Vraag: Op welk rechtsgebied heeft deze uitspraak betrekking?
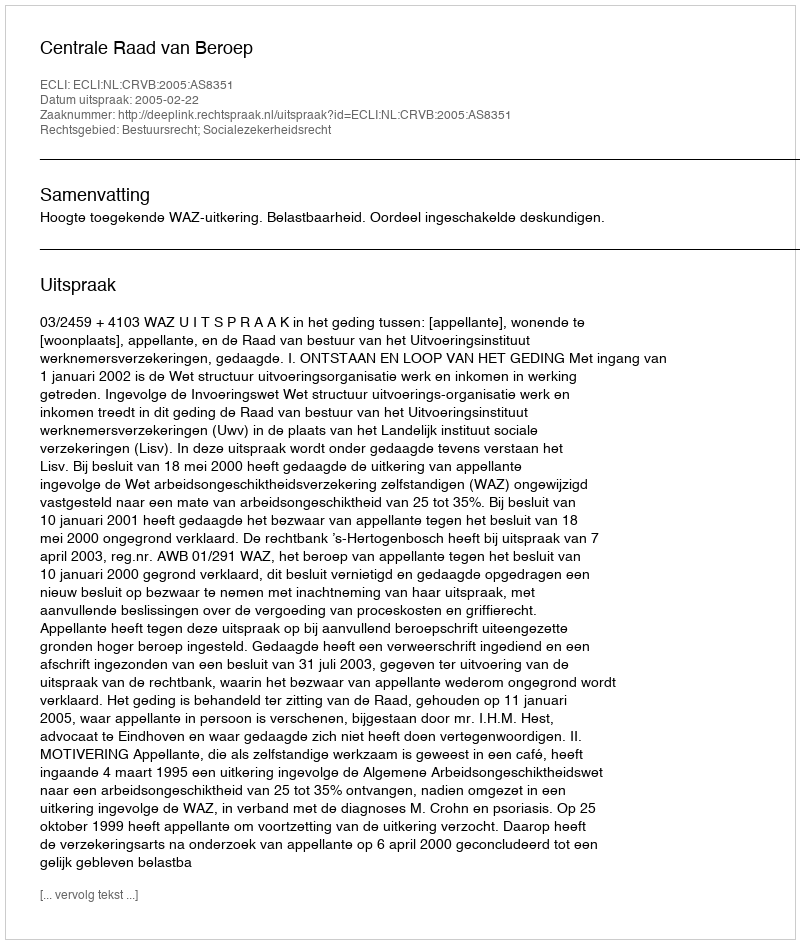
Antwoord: Bestuursrecht; Socialezekerheidsrecht